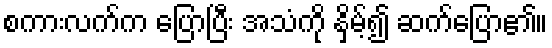
စကားလက်က ပြောပြီး အသံကို နှိမ့်၍ ဆက်ပြော၏။